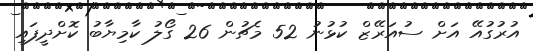
އުރުގުއޭ އަށް ސުއަރޭޒް ކުޅުނު 52 މެޗުން 26 ގޯލު ކާމިޔާބު ކޮށްދީފައި